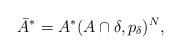
LaTeX: \begin{align*}\bar A^* = A^*(A\cap\delta, p_\delta)^N,\end{align*}